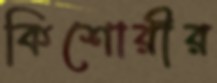
কিশোরীর